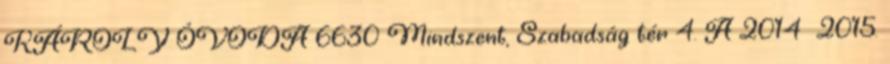
KÁROLY ÓVODA 6630 Mindszent, Szabadság tér 4. A 2014 2015.